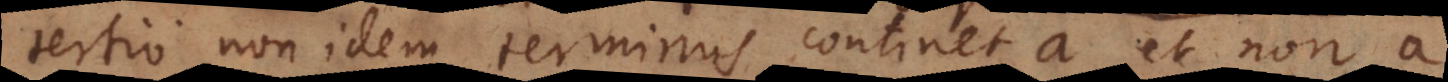
‐a non idem terminus continet a et non‐a